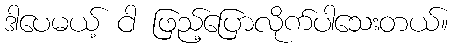
ဒါပေမယ့် ငါ ဖြည့်ပြောလိုက်ပါသေးတယ်။